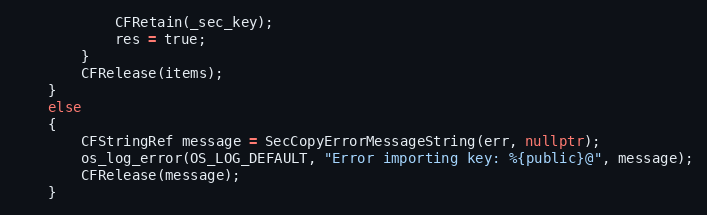
Language: C++
			CFRetain(_sec_key);
			res = true;
		}
		CFRelease(items);
	}
	else
	{
		CFStringRef message = SecCopyErrorMessageString(err, nullptr);
		os_log_error(OS_LOG_DEFAULT, "Error importing key: %{public}@", message);
		CFRelease(message);
	}